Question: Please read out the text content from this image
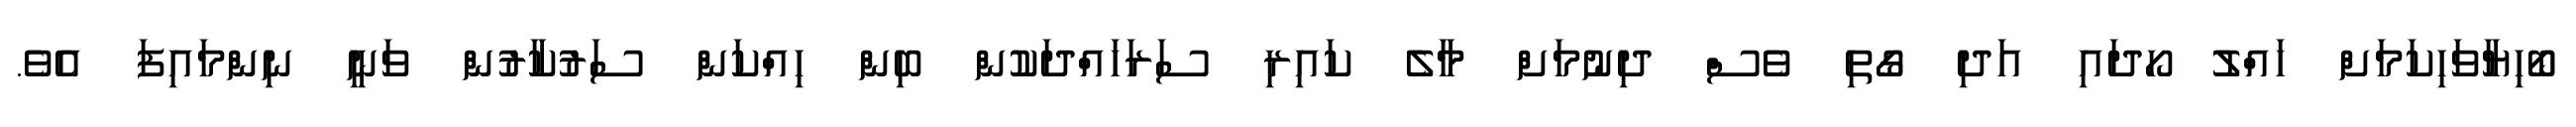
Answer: ބޯހިޔާވަހިކަމަށް ހައްލު ހޯދައި އަދި ގޯތި ވެސް ދިނުމަށް މާލެ ކައިރި ސަރަހައްދަކުން ބިން ހިއްކަން ސަރުކާރުން ވަނީ ނިންމައިފަ އެވެ.